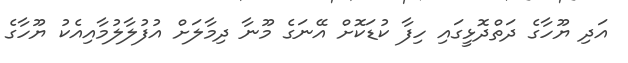
އަދި ޔޫހާގެ ދަތްދޮޅީގައި ހިފާ ކުޑަކޮށް އޭނަގެ މޫނާ ދިމާލަށް އުފުލާލުމާއިއެކު ޔޫހާގެ